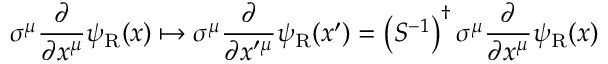
\sigma ^ { \mu } { \frac { \partial } { \partial x ^ { \mu } } } \psi _ { \mathrm { { R } } } ( x ) \mapsto \sigma ^ { \mu } { \frac { \partial } { \partial x ^ { \prime \mu } } } \psi _ { \mathrm { { R } } } ( x ^ { \prime } ) = \left( S ^ { - 1 } \right) ^ { \dagger } \sigma ^ { \mu } { \frac { \partial } { \partial x ^ { \mu } } } \psi _ { \mathrm { { R } } } ( x )